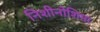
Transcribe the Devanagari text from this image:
निशीनोशिमा